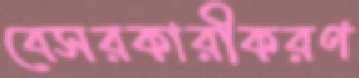
বেসরকারীকরণ